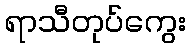
ရာသီတုပ်ကွေး